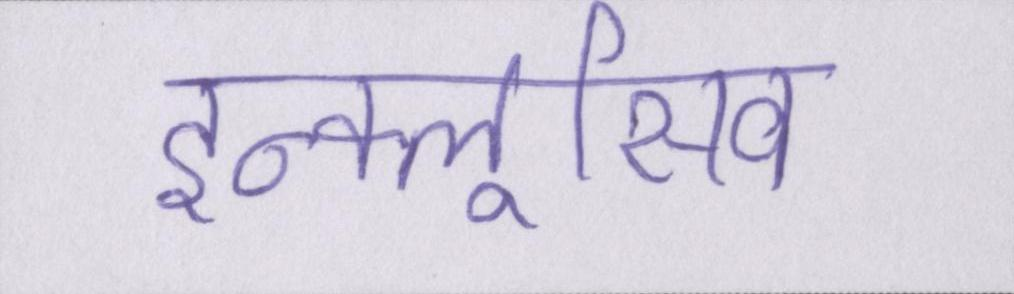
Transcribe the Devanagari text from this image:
इन्क्लूसिव